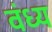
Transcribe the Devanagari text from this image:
वंध्य